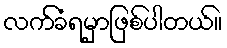
လက်ခံရမှာဖြစ်ပါတယ်။